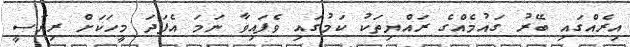
އިރެއްގައި ބޭރު ގައުމެއްގެ ރައްޔިތަކު ކަމުގައި ވެފައިވާ ނަަމަ އެފަދަ މީހަކަށް ރިޔާސީ